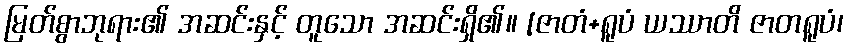
မြတ်စွာဘုရား၏ အဆင်းနှင့် တူသော အဆင်းရှိ၏။ [ဇာတံ+ရူပံ ယဿာတိ ဇာတရူပံ၊